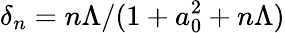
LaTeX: \delta_{n}=n\Lambda/(1+a_{0}^{2}+n\Lambda)